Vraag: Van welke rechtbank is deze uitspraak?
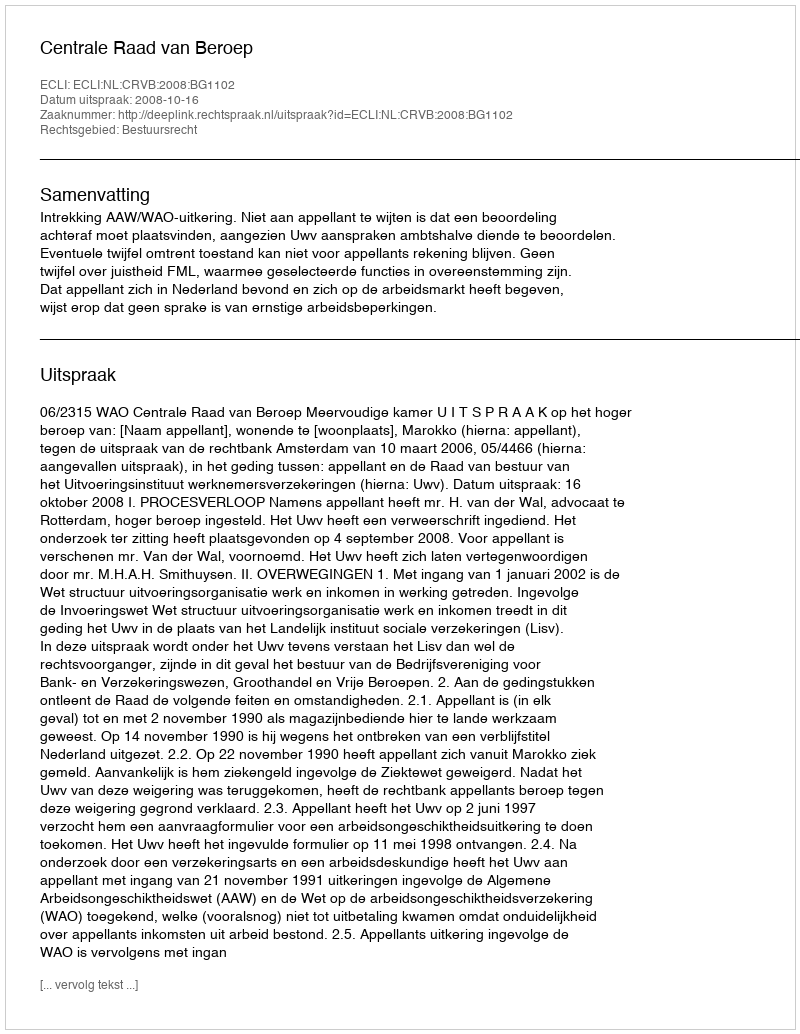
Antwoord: Centrale Raad van Beroep